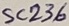
Text: SC236